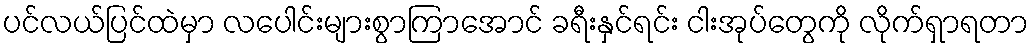
ပင်လယ်ပြင်ထဲမှာ လပေါင်းများစွာကြာအောင် ခရီးနှင်ရင်း ငါးအုပ်တွေကို လိုက်ရှာရတာ